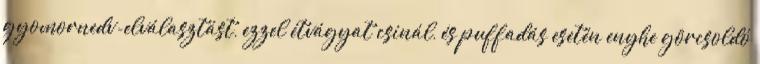
gyomornedv-elválasztást, ezzel étvágyat csinál, és puffadás esetén enyhe görcsoldó